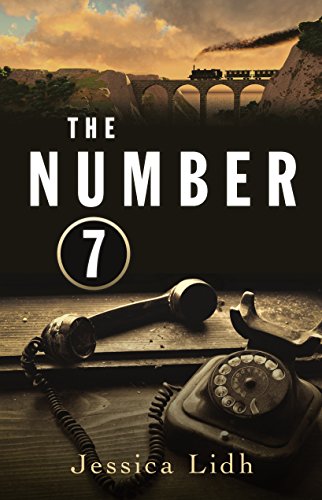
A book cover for The Number 7; Jessica Lidh; Teen & Young Adult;